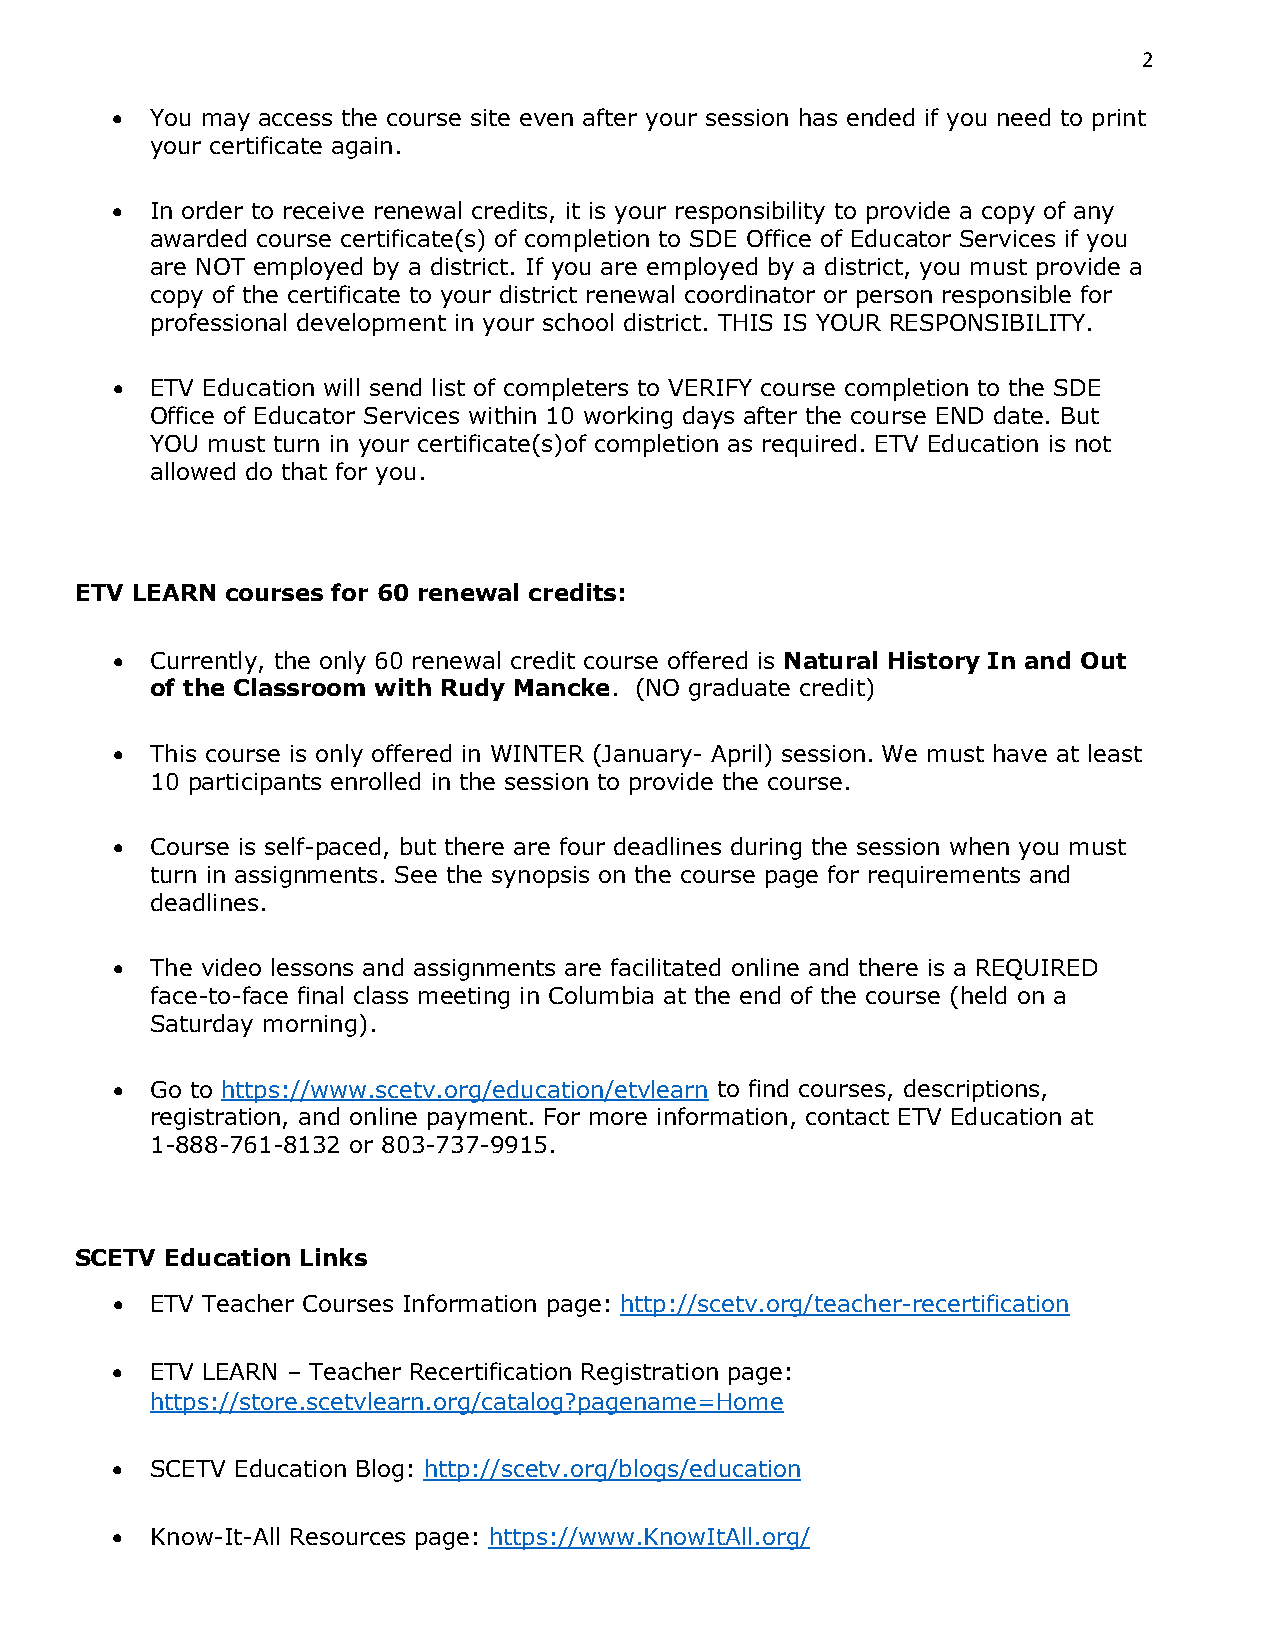
2
 •  You may access the course site even after your session has ended if you need to print
 your certificate again.
 •  In order to receive renewal credits, it is your responsibility to provide a copy of any
 awarded course certificate(s) of completion to SDE Office of Educator Services if you
 are NOT employed by a district. If you are employed by a district, you must provide a
 copy of the certificate to your district renewal coordinator or person responsible for
 professional development in your school district. THIS IS YOUR RESPONSIBILITY.
 •  ETV Education will send list of completers to VERIFY course completion to the SDE
 Office of Educator Services within 10 working days after the course END date. But
 YOU must turn in your certificate(s)of completion as required. ETV Education is not
 allowed do that for you.
 ETV LEARN courses for 60 renewal credits:
 •  Currently, the only 60 renewal credit course offered is Natural History In and Out
 of the Classroom with Rudy Mancke. (NO graduate credit)
 •  This course is only offered in WINTER (January- April) session. We must have at least
 10 participants enrolled in the session to provide the course.
 •  Course is self-paced, but there are four deadlines during the session when you must
 turn in assignments. See the synopsis on the course page for requirements and
 deadlines.
 •  The video lessons and assignments are facilitated online and there is a REQUIRED
 face-to-face final class meeting in Columbia at the end of the course (held on a
 Saturday morning).
 •  Go to https://www.scetv.org/education/etvlearn to find courses, descriptions,
 registration, and online payment. For more information, contact ETV Education at
 1-888-761-8132 or 803-737-9915.
 SCETV Education Links
 •  ETV Teacher Courses Information page: http://scetv.org/teacher-recertification
 •  ETV LEARN – Teacher Recertification Registration page:
 https://store.scetvlearn.org/catalog?pagename=Home
 •  SCETV Education Blog: http://scetv.org/blogs/education
 •  Know-It-All Resources page: https://www.KnowItAll.org/